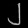
Digit: ၂